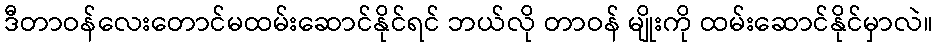
ဒီတာဝန်လေးတောင်မထမ်းဆောင်နိုင်ရင် ဘယ်လို တာဝန် မျိုးကို ထမ်းဆောင်နိုင်မှာလဲ။